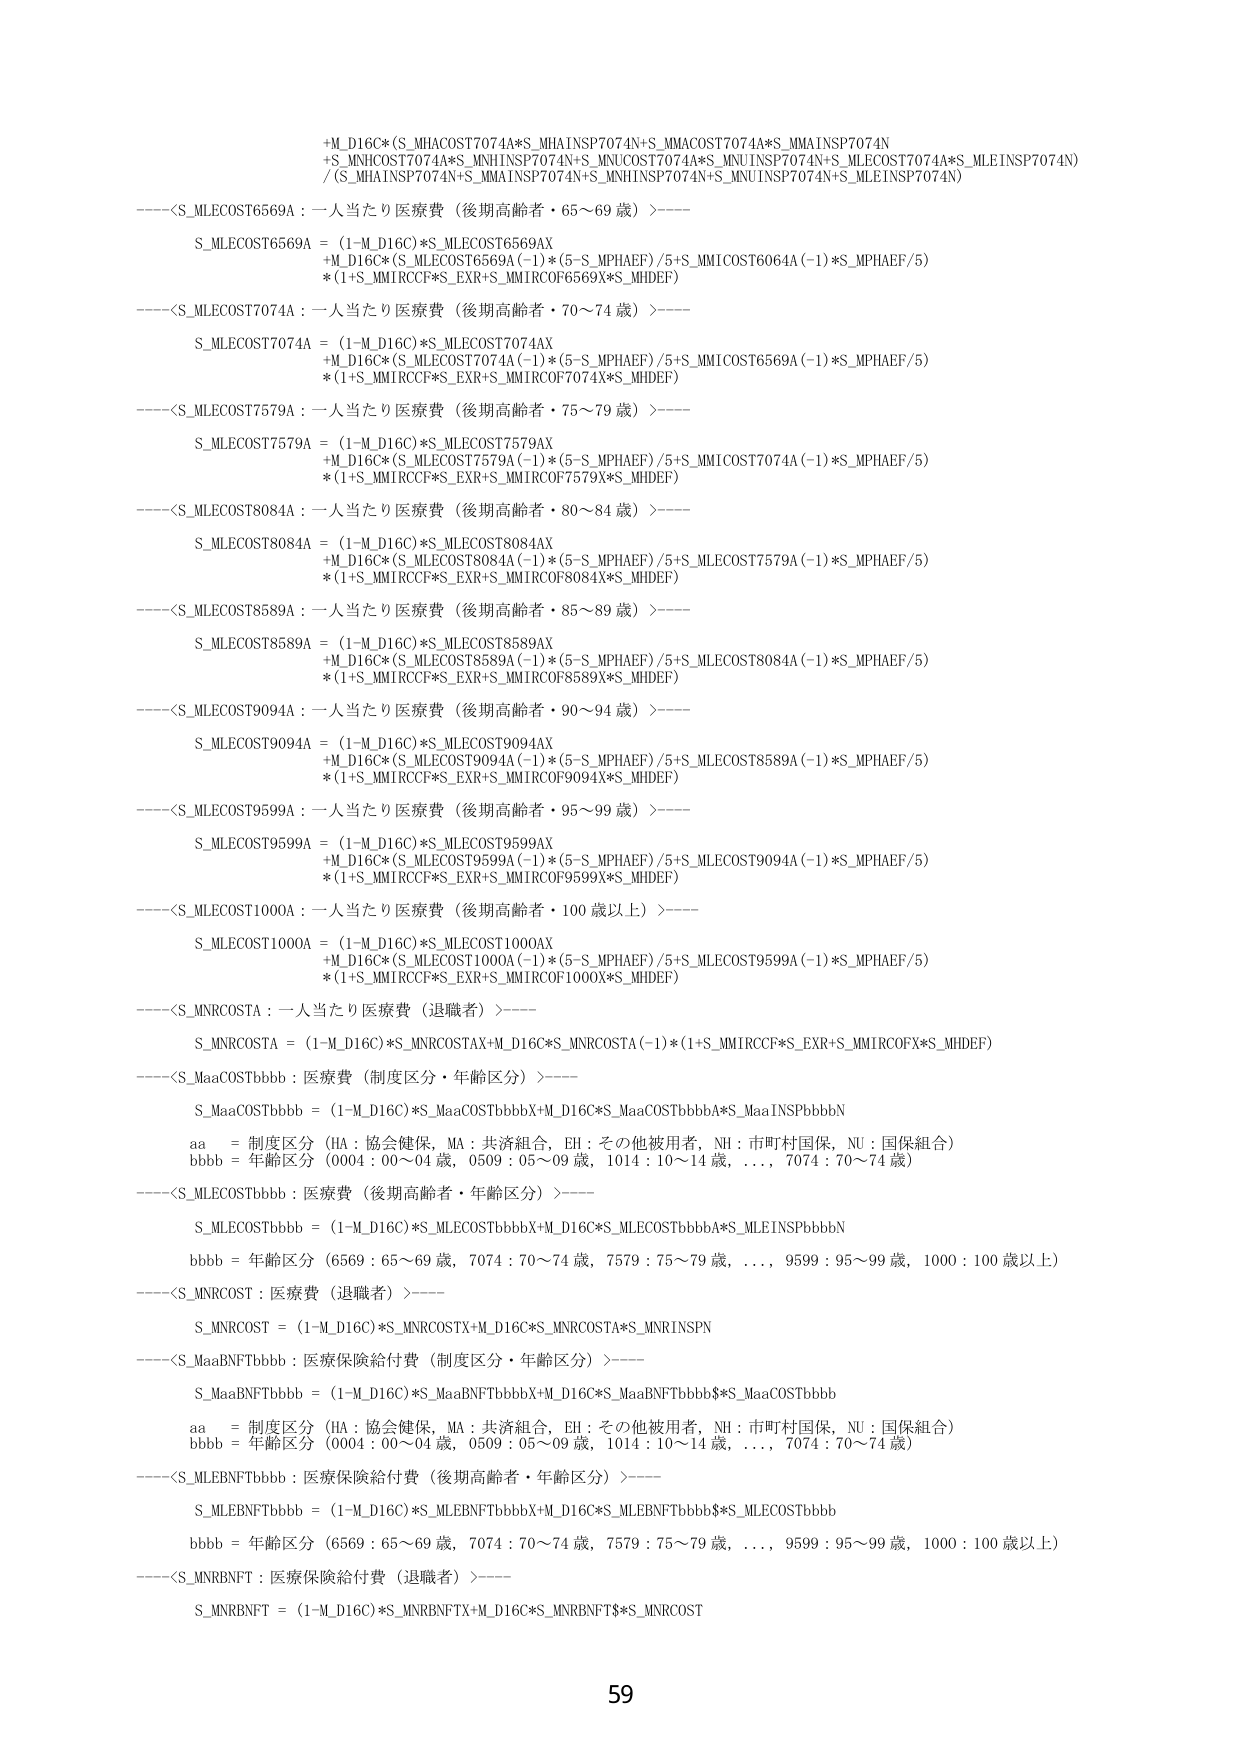
+M_D16C*(S_MHACOST7074A*S_MHAINSP7074N+S_MMACOST7074A*S_MMAINSP7074N
+S_MNHCOST7074A*S_MNHINSP7074N+S_MNUCOST7074A*S_MNUINSP7074N+S_MLECOST7074A*S_MLEINSP7074N)
/(S_MHAINSP7074N+S_MMAINSP7074N+S_MNHINSP7074N+S_MNUINSP7074N+S_MLEINSP7074N)

----<S_MLECOST6569A : 一人当たり医療費（後期高齢者・65～69歳）>----
S_MLECOST6569A = (1-M_D16C)*S_MLECOST6569AX
+M_D16C*(S_MLECOST6569A(-1)*(5-S_MPHAEF)/5+S_MMICOST6064A(-1)*S_MPHAEF/5)
*(1+S_MMIRCCF*S_EXR+S_MMIRCOF6569X*S_MHDEF)

----<S_MLECOST7074A : 一人当たり医療費（後期高齢者・70～74歳）>----
S_MLECOST7074A = (1-M_D16C)*S_MLECOST7074AX
+M_D16C*(S_MLECOST7074A(-1)*(5-S_MPHAEF)/5+S_MMICOST6569A(-1)*S_MPHAEF/5)
*(1+S_MMIRCCF*S_EXR+S_MMIRCOF7074X*S_MHDEF)

----<S_MLECOST7579A : 一人当たり医療費（後期高齢者・75～79歳）>----
S_MLECOST7579A = (1-M_D16C)*S_MLECOST7579AX
+M_D16C*(S_MLECOST7579A(-1)*(5-S_MPHAEF)/5+S_MMICOST7074A(-1)*S_MPHAEF/5)
*(1+S_MMIRCCF*S_EXR+S_MMIRCOF7579X*S_MHDEF)

----<S_MLECOST8084A : 一人当たり医療費（後期高齢者・80～84歳）>----
S_MLECOST8084A = (1-M_D16C)*S_MLECOST8084AX
+M_D16C*(S_MLECOST8084A(-1)*(5-S_MPHAEF)/5+S_MLECOST7579A(-1)*S_MPHAEF/5)
*(1+S_MMIRCCF*S_EXR+S_MMIRCOF8084X*S_MHDEF)

----<S_MLECOST8589A : 一人当たり医療費（後期高齢者・85～89歳）>----
S_MLECOST8589A = (1-M_D16C)*S_MLECOST8589AX
+M_D16C*(S_MLECOST8589A(-1)*(5-S_MPHAEF)/5+S_MLECOST8084A(-1)*S_MPHAEF/5)
*(1+S_MMIRCCF*S_EXR+S_MMIRCOF8589X*S_MHDEF)

----<S_MLECOST9094A : 一人当たり医療費（後期高齢者・90～94歳）>----
S_MLECOST9094A = (1-M_D16C)*S_MLECOST9094AX
+M_D16C*(S_MLECOST9094A(-1)*(5-S_MPHAEF)/5+S_MLECOST8589A(-1)*S_MPHAEF/5)
*(1+S_MMIRCCF*S_EXR+S_MMIRCOF9094X*S_MHDEF)

----<S_MLECOST9599A : 一人当たり医療費（後期高齢者・95～99歳）>----
S_MLECOST9599A = (1-M_D16C)*S_MLECOST9599AX
+M_D16C*(S_MLECOST9599A(-1)*(5-S_MPHAEF)/5+S_MLECOST9094A(-1)*S_MPHAEF/5)
*(1+S_MMIRCCF*S_EXR+S_MMIRCOF9599X*S_MHDEF)

----<S_MLECOST1000A : 一人当たり医療費（後期高齢者・100歳以上）>----
S_MLECOST1000A = (1-M_D16C)*S_MLECOST1000AX
+M_D16C*(S_MLECOST1000A(-1)*(5-S_MPHAEF)/5+S_MLECOST9599A(-1)*S_MPHAEF/5)
*(1+S_MMIRCCF*S_EXR+S_MMIRCOF1000X*S_MHDEF)

----<S_MNRCOSTA : 一人当たり医療費（退職者）>----
S_MNRCOSTA = (1-M_D16C)*S_MNRCOSTAX+M_D16C*S_MNRCOSTA(-1)*(1+S_MMIRCCF*S_EXR+S_MMIRCOFX*S_MHDEF)

----<S_MaaCOSTbbbb : 医療費（制度区分・年齢区分）>----
S_MaaCOSTbbbb = (1-M_D16C)*S_MaaCOSTbbbbX+M_D16C*S_MaaCOSTbbbbA*S_MaaINSPbbbbN
aa = 制度区分（HA：協会健保，MA：共済組合，EH：その他被用者，NH：市町村国保，NU：国保組合）
bbbb = 年齢区分（0004：00～04歳，0509：05～09歳，1014：10～14歳，…，7074：70～74歳）

----<S_MLECOSTbbbb : 医療費（後期高齢者・年齢区分）>----
S_MLECOSTbbbb = (1-M_D16C)*S_MLECOSTbbbbX+M_D16C*S_MLECOSTbbbbA*S_MLEINSPbbbbN
bbbb = 年齢区分（6569：65～69歳，7074：70～74歳，7579：75～79歳，…，9599：95～99歳，1000：100歳以上）

----<S_MNRCOST : 医療費（退職者）>----
S_MNRCOST = (1-M_D16C)*S_MNRCOSTX+M_D16C*S_MNRCOSTA*S_MNRINSPN

----<S_MaaBNFTbbbb : 医療保険給付費（制度区分・年齢区分）>----
S_MaaBNFTbbbb = (1-M_D16C)*S_MaaBNFTbbbbX+M_D16C*S_MaaBNFTbbbb$*S_MaaCOSTbbbb
aa = 制度区分（HA：協会健保，MA：共済組合，EH：その他被用者，NH：市町村国保，NU：国保組合）
bbbb = 年齢区分（0004：00～04歳，0509：05～09歳，1014：10～14歳，…，7074：70～74歳）

----<S_MLEBNFTbbbb : 医療保険給付費（後期高齢者・年齢区分）>----
S_MLEBNFTbbbb = (1-M_D16C)*S_MLEBNFTbbbbX+M_D16C*S_MLEBNFTbbbb$*S_MLECOSTbbbb
bbbb = 年齢区分（6569：65～69歳，7074：70～74歳，7579：75～79歳，…，9599：95～99歳，1000：100歳以上）

----<S_MNRBNFT : 医療保険給付費（退職者）>----
S_MNRBNFT = (1-M_D16C)*S_MNRBNFTX+M_D16C*S_MNRBNFT$*S_MNRCOST

59